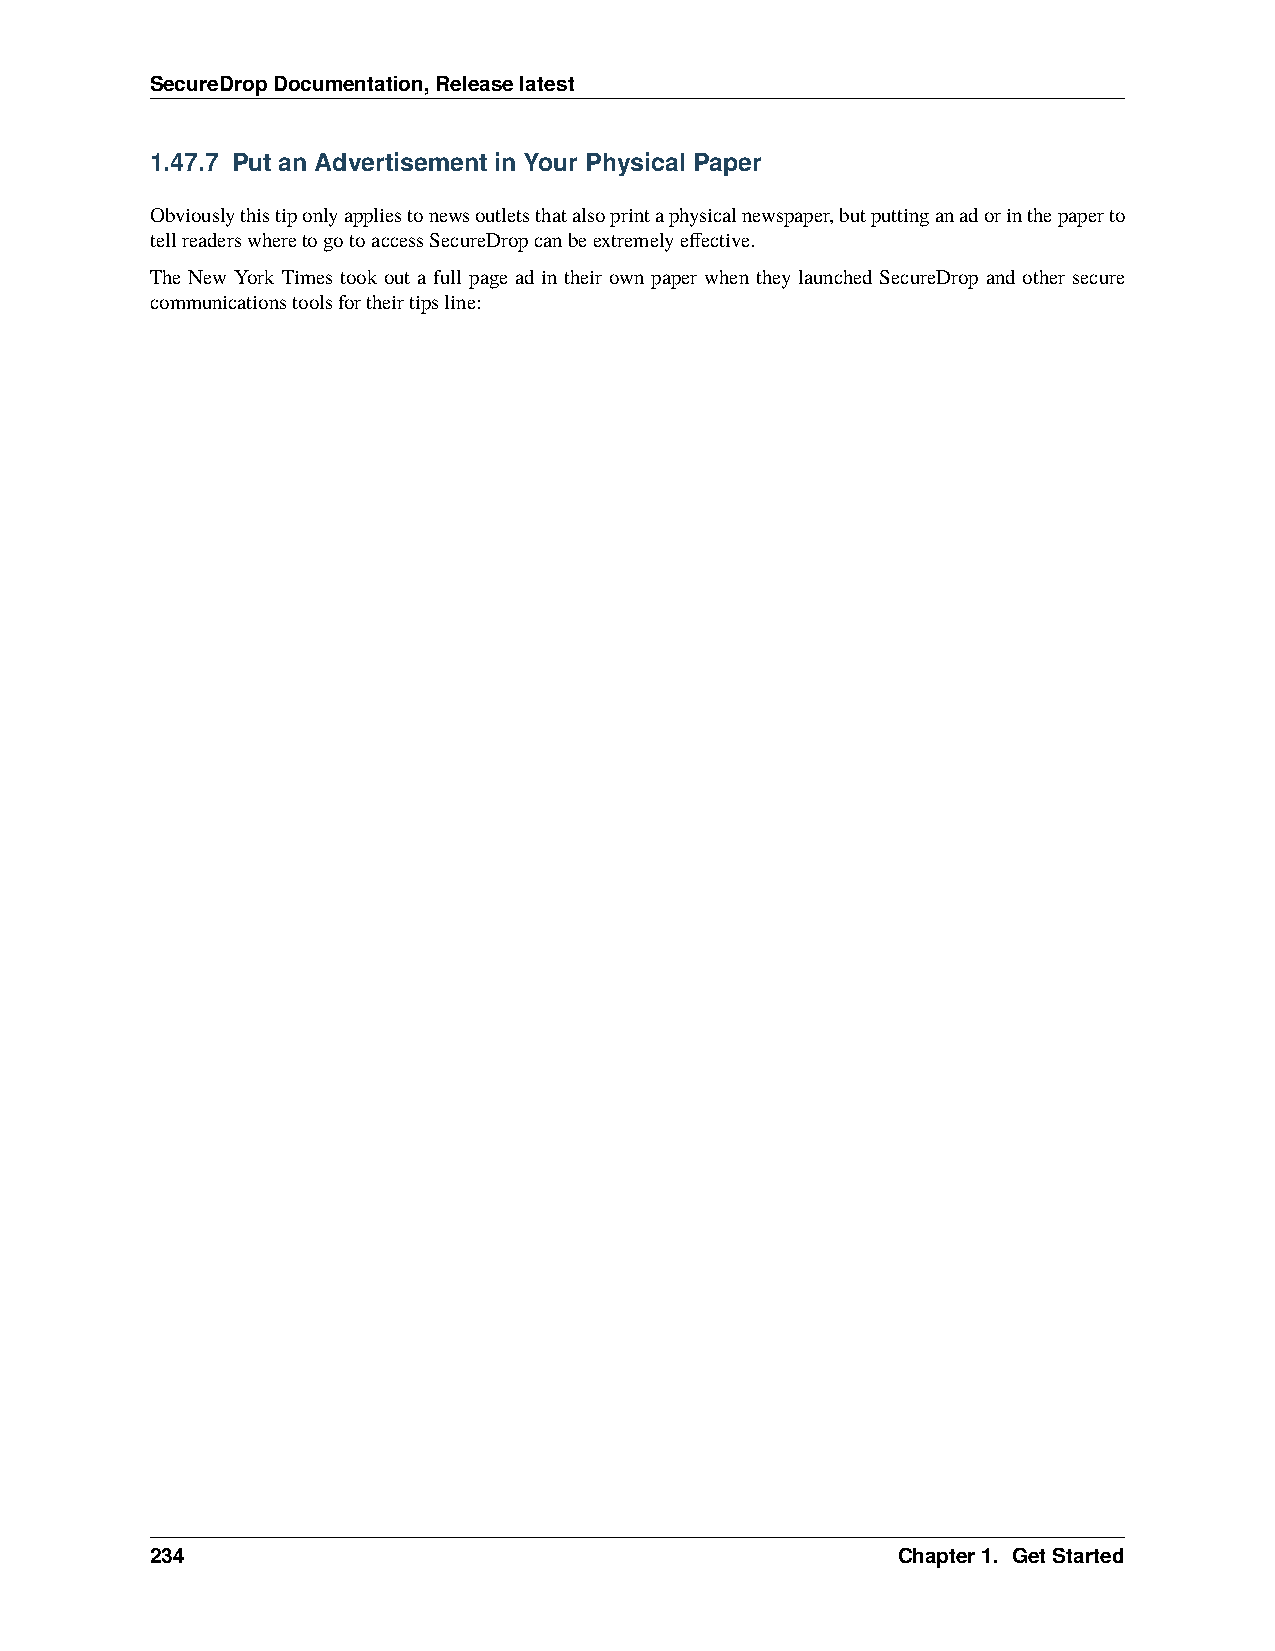
SecureDropDocumentation,Releaselatest
 1.47.7 Put an Advertisement in Your Physical Paper
 Obviouslythistiponlyappliestonewsoutletsthatalsoprintaphysicalnewspaper,butputtinganadorinthepaperto
 tellreaderswheretogotoaccessSecureDropcanbeextremelyeffective.
 The New York Times took out a full page ad in their own paper when they launched SecureDrop and other secure
 communicationstoolsfortheirtipsline:
 234                                              Chapter1. GetStarted